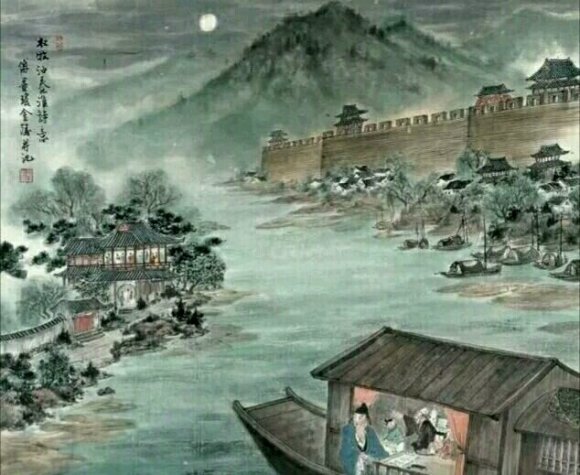
商女不知亡国恨，隔江犹唱后庭花。